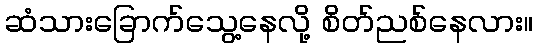
ဆံသားခြောက်သွေ့နေလို့ စိတ်ညစ်နေလား။